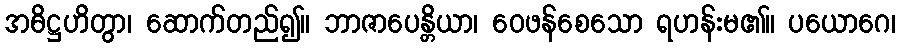
အဓိဋ္ဌဟိတွာ၊ ဆောက်တည်၍။ ဘာဇာပေန္တိယာ၊ ဝေဖန်စေသော ရဟန်းမ၏။ ပယောဂေ၊